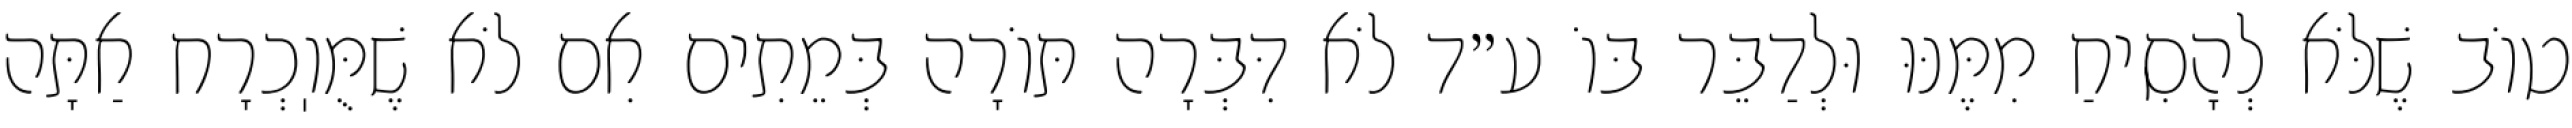
טוֹב שֶׁלֹּא לְהָסִיחַ מִמֶּנּוּ וּלְדַבֵּר בּוֹ ע״ד לֹא דִּבְּרָה תּוֹרָה בְּמֵתִים אִם לֹא שֶׁמֻּוֽכְרָח אַתָּה